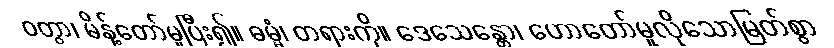
ဝတွာ၊ မိန့်တော်မူပြီး၍။ ဓမ္မံ၊ တရားကို။ ဒေသေန္တော၊ ဟောတော်မူလိုသောမြတ်စွာ